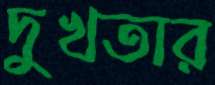
দুখতার